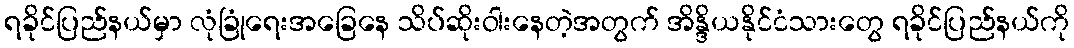
ရခိုင်ပြည်နယ်မှာ လုံခြုံရေးအခြေနေ သိပ်ဆိုးဝါးနေတဲ့အတွက် အိန္ဒိယနိုင်ငံသားတွေ ရခိုင်ပြည်နယ်ကို